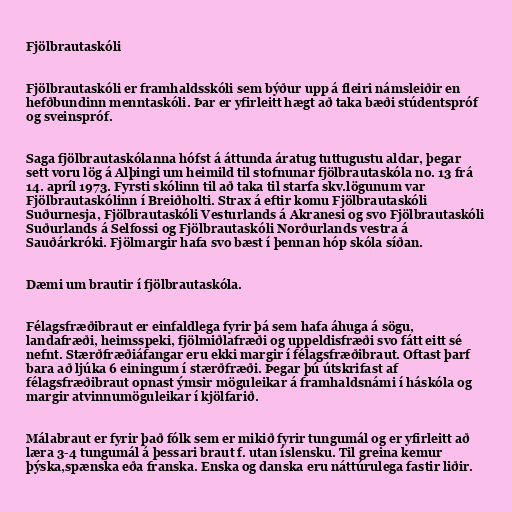
Fjölbrautaskóli

Fjölbrautaskóli er framhaldsskóli sem býður upp á fleiri námsleiðir en
hefðbundinn menntaskóli. Þar er yfirleitt hægt að taka bæði stúdentspróf
og sveinspróf.

Saga fjölbrautaskólanna hófst á áttunda áratug tuttugustu aldar, þegar
sett voru lög á Alþingi um heimild til stofnunar fjölbrautaskóla no. 13 frá
14. apríl 1973. Fyrsti skólinn til að taka til starfa skv.lögunum var
Fjölbrautaskólinn í Breiðholti. Strax á eftir komu Fjölbrautaskóli
Suðurnesja, Fjölbrautaskóli Vesturlands á Akranesi og svo Fjölbrautaskóli
Suðurlands á Selfossi og Fjölbrautaskóli Norðurlands vestra á
Sauðárkróki. Fjölmargir hafa svo bæst í þennan hóp skóla síðan.

Dæmi um brautir í fjölbrautaskóla.

Félagsfræðibraut er einfaldlega fyrir þá sem hafa áhuga á sögu,
landafræði, heimsspeki, fjölmiðlafræði og uppeldisfræði svo fátt eitt sé
nefnt. Stærðfræðiáfangar eru ekki margir í félagsfræðibraut. Oftast þarf
bara að ljúka 6 einingum í stærðfræði. Þegar þú útskrifast af
félagsfræðibraut opnast ýmsir möguleikar á framhaldsnámi í háskóla og
margir atvinnumöguleikar í kjölfarið.

Málabraut er fyrir það fólk sem er mikið fyrir tungumál og er yfirleitt að
læra 3-4 tungumál á þessari braut f. utan íslensku. Til greina kemur
þýska,spænska eða franska. Enska og danska eru náttúrulega fastir liðir.